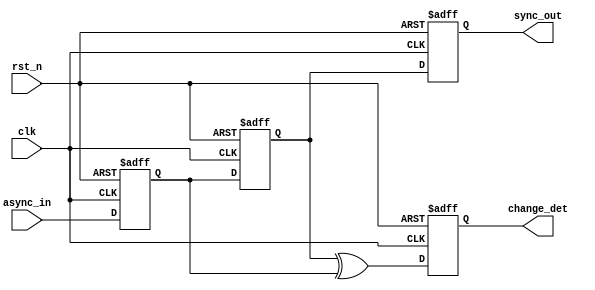
module async_to_sync_converter #(
    parameter NUM_INPUTS = 1 // Number of asynchronous input signals
)(
    input wire clk,                        // Clock signal from synchronous domain
    input wire rst_n,                      // Active low reset signal
    input wire [NUM_INPUTS-1:0] async_in, // Asynchronous input signals
    output reg [NUM_INPUTS-1:0] sync_out, // Synchronized output signals
    output reg [NUM_INPUTS-1:0] change_det // Change detection signals (optional)
);

    // Internal registers for the two-stage synchronization
    reg [NUM_INPUTS-1:0] sync_stage1;
    reg [NUM_INPUTS-1:0] sync_stage2;

    // Synchronous process with reset and synchronization
    always @(posedge clk or negedge rst_n) begin
        if (!rst_n) begin
            sync_stage1 <= {NUM_INPUTS{1'b0}};
            sync_stage2 <= {NUM_INPUTS{1'b0}};
            sync_out <= {NUM_INPUTS{1'b0}};
            change_det <= {NUM_INPUTS{1'b0}};
        end else begin
            // First stage: Sample asynchronous input
            sync_stage1 <= async_in;
            // Second stage: Sample the first stage output
            sync_stage2 <= sync_stage1;
            // Output the synchronized signals
            sync_out <= sync_stage2;

            // Change detection logic (optional)
            change_det <= sync_stage2 ^ sync_stage1; // XOR to detect changes
        end
    end

endmodule